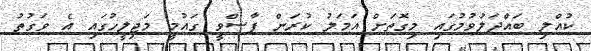
ކުއްލި ބައްދަލުވުމުގައި މިގޮތަށް އަމަލު ކުރަން ފާސްވީ ގައުމީ މަޖިލީހުގައި އެ ވަގުތު